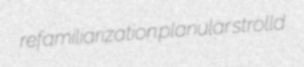
refamiliarization planular strolld